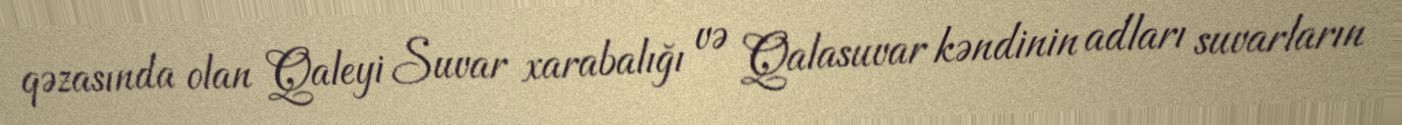
qəzasında olan Qaleyi Suvar xarabalığı və Qalasuvar kəndinin adları suvarların